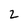
Character: 2